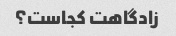
زادگاهت کجاست؟